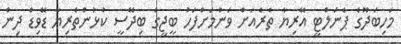
މަހިބަދޫގެ ޕެނަލްޓީ އޭރިޔާ ތެރެއަށް ވަނުމަށްފަހު ބީޖީގެ ބިދޭސީ ކުޅުންތެރިޔާ ޑޭވިޑް ދިން